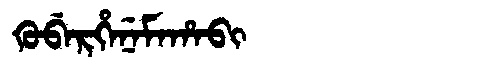
Manchu: ᡴᡠᠪᡝᡵᡥᡝᠨᡝᠮᠠᡥᠠᠪᡳ
Romanization: KUBERHENEMAHABI